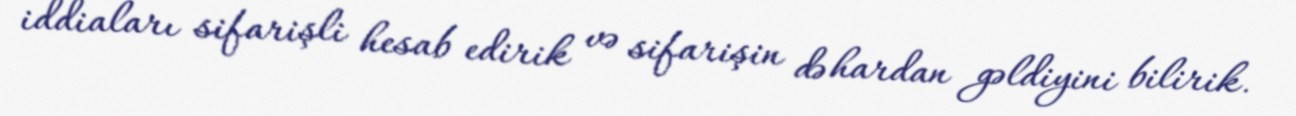
iddiaları sifarişli hesab edirik və sifarişin də hardan gəldiyini bilirik.